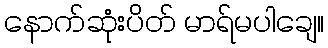
နောက်ဆုံးပိတ် မာရ်မပါချေ။